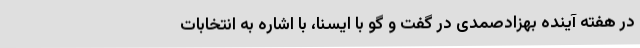
در هفته آینده بهزادصمدی در گفت و گو با ایسنا، با اشاره به انتخابات